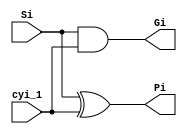
`timescale 1ns / 1ps

module base_logic(
    Si, cyi_1, Pi, Gi
    );
    input Si, cyi_1;
    output Pi, Gi;
    
    assign Pi = Si^cyi_1;
    assign Gi = Si&cyi_1;
endmodule